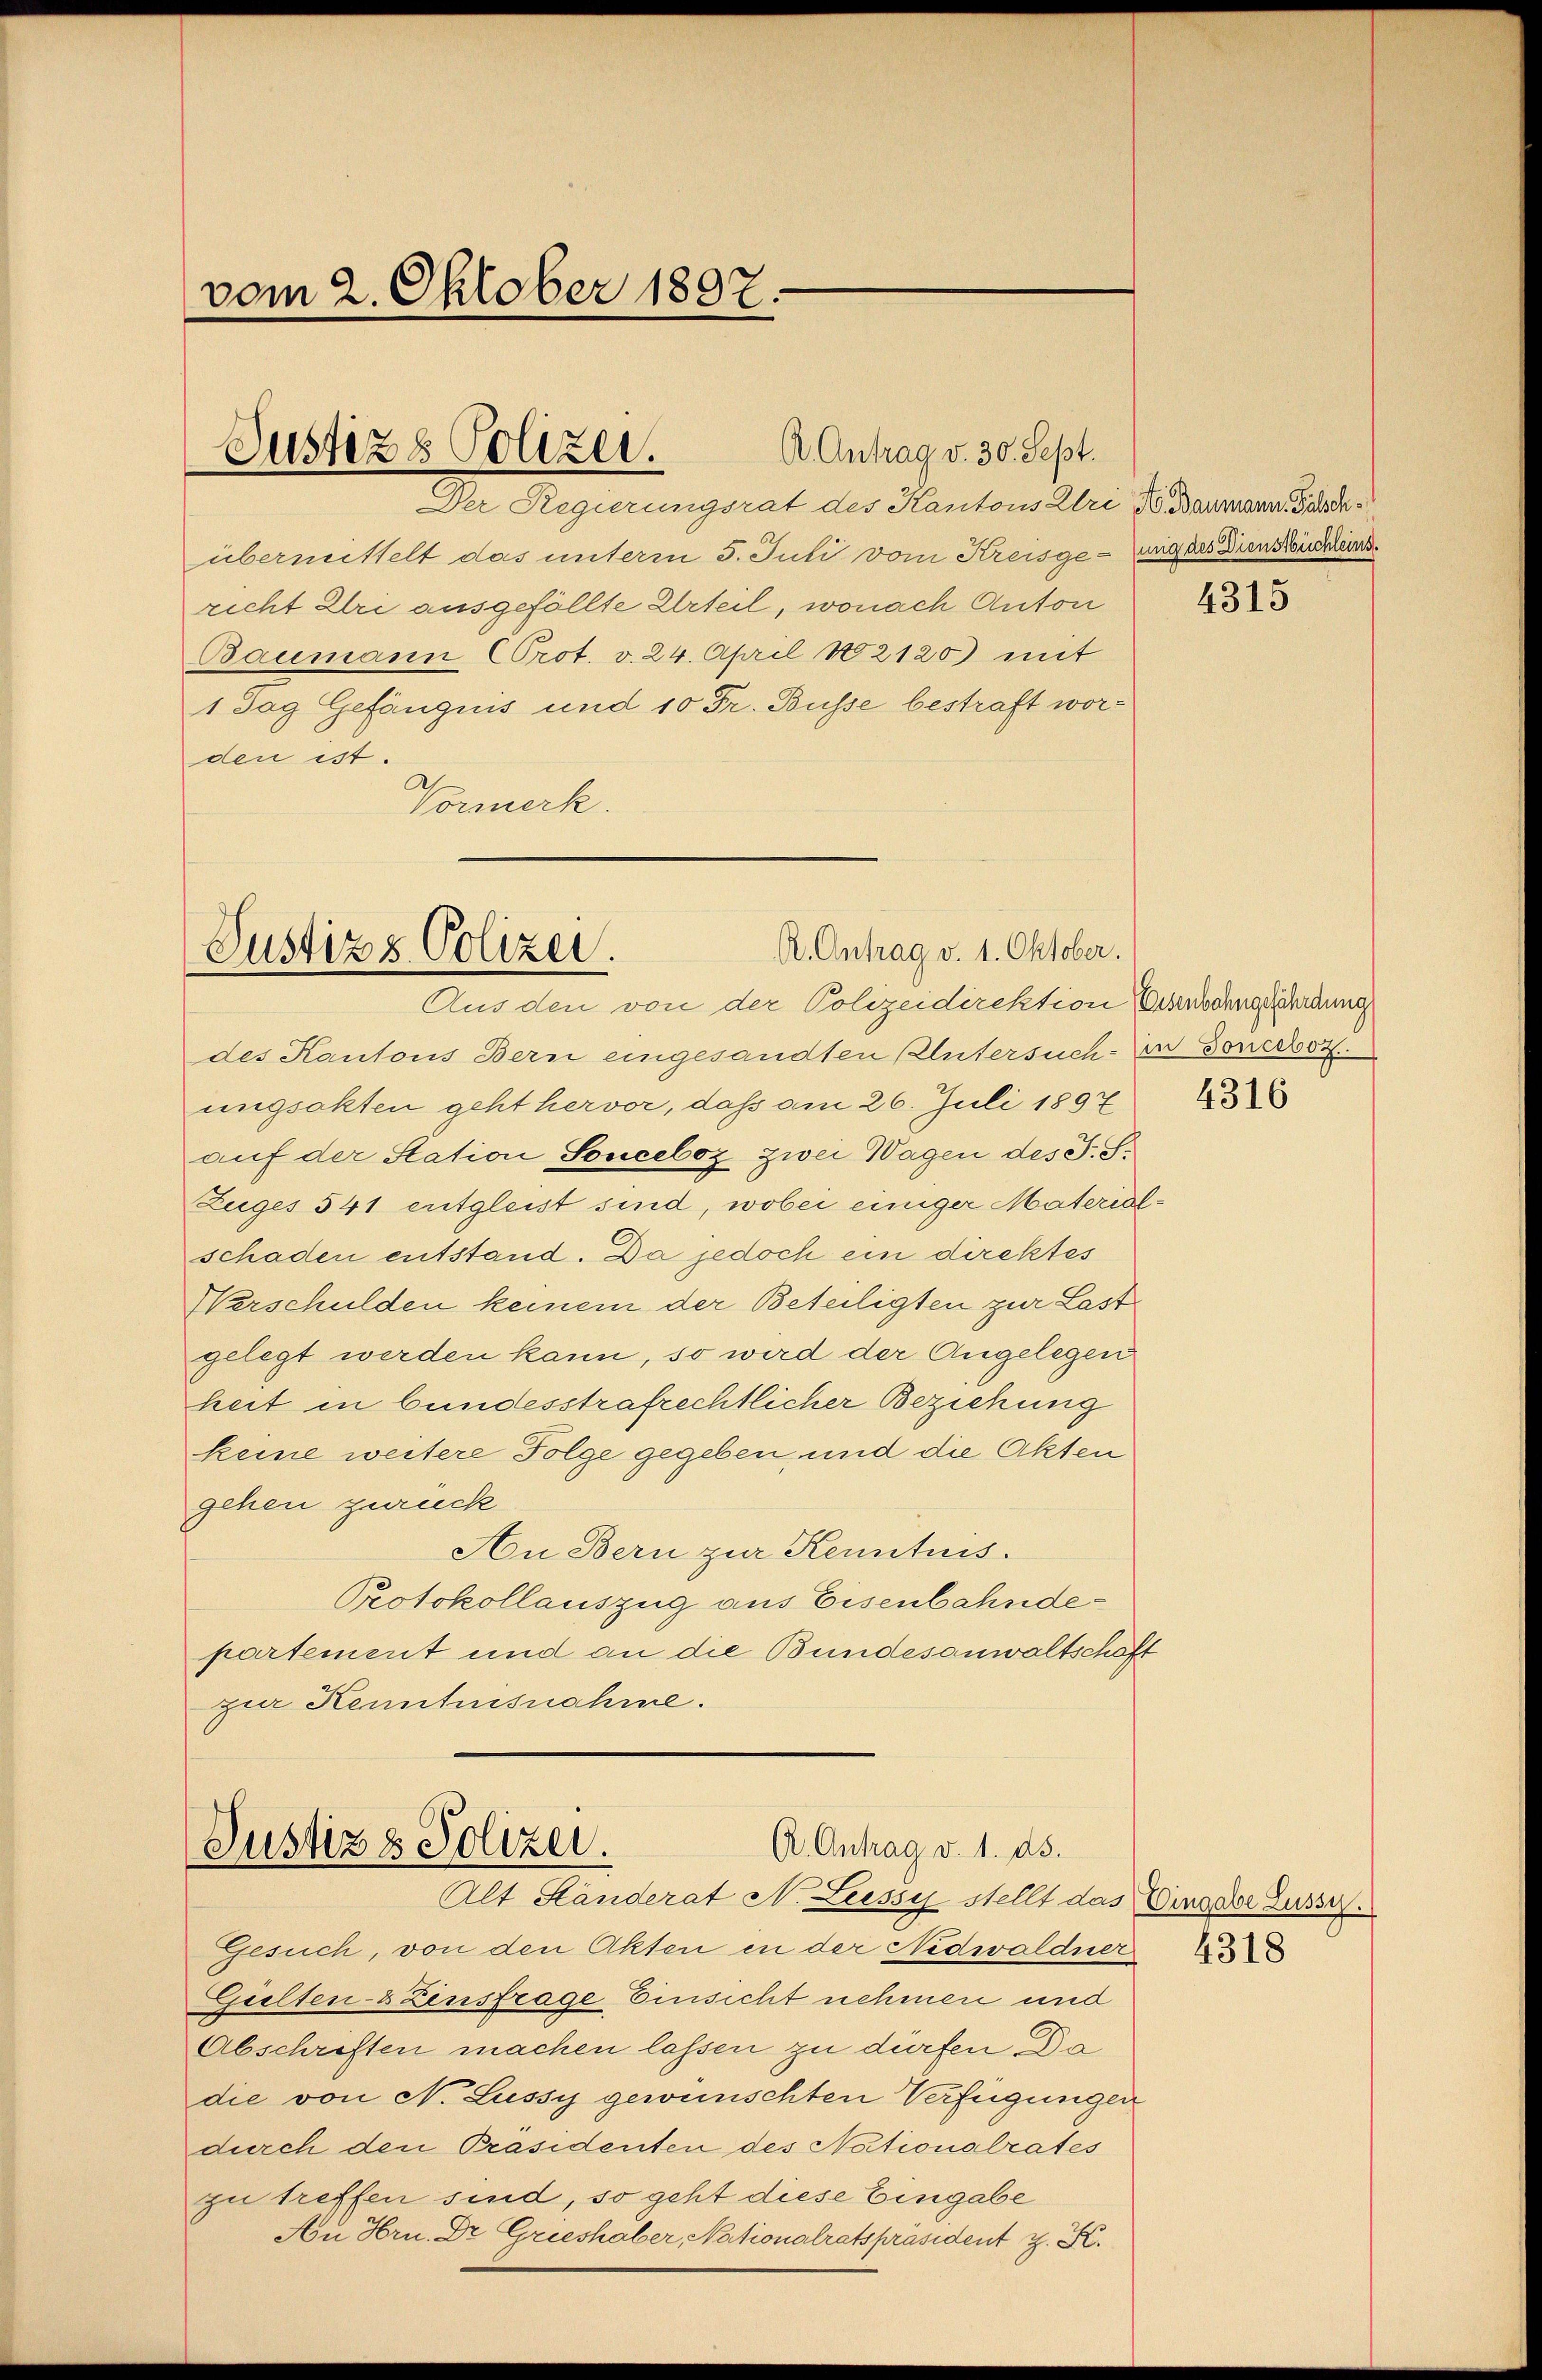
vom 2. Oktober 1897.

A Antrag v. 30. Sept.
Justiz & Polizei.

R. Antrag v. 1. Oktober.
Justiz & Polizei.
Aus den von der Polizeidirektion Eisenbahngefährdung

A. Antrag v. 1. ds.
Justiz & Polizei.
Alt Ständerat N. Lessy stellt das Einsdor Lusser.

Der Regierungsrat des Kantons Uri Baumann Gardeübermittelt das unterm 5. Juli vom Kreisgerung des Dienseuchend
richt Uri ausgefällte Urteil, wonach Anton
Baumann (Prot. v. 24. April 182120) mit
1 Tag Gefängnis und 10 Fr. Busse bestraft worden ist.
Vormerk.

des Kantons Bern eingesandten Untersuch-An Sonetor.
ungsakten geht hervor, daß am 26. Juli 1897
auf der Station Sonceboz zwei Wagen des F. S.
Zuges 541 entgleist sind, wobei einiger Materialschaden entstand. Da jedoch ein direktes
Verschulden keinem der Beteiligten zur Last
gelegt werden kann, so wird der Angelegen
heit in bundesstrafrechtlicher Beziehung
keine weitere Folge gegeben, und die Akten
gehen zurück
An Bern zur Kenntnis.
Protokollauszug aus Eisenbahndepartement und an die Bundesanwaltschäft
zur Kenntnisnahme.

Gesuch, von den Akten in der Nidwaldner
Giilten-8 Zinsfrage Einsicht nehmen und
Abschriften machen lassen zu dürfen. Da
die von N. Lussy gewünschten Verfügungen
durch den Präsidenten des Nationalrates
zu treffen sind, so geht diese Eingabe
An Hrn. Dr. Grieshaber, Nationalratspräsident z. K.

4315

4316

4318